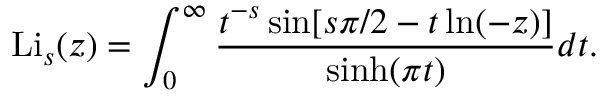
\operatorname { L i } _ { s } ( z ) = \int _ { 0 } ^ { \infty } { \frac { t ^ { - s } \sin [ s \pi / 2 - t \ln ( - z ) ] } { \sinh ( \pi t ) } } d t .